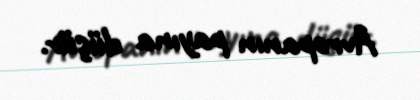
Avropanın payına düşür.